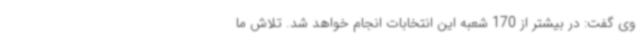
وی گفت: در بیشتر از 170 شعبه این انتخابات انجام خواهد شد. تلاش ما